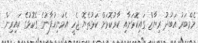
މެމްބަރު އަބުދު ރިޔާޒް ގައިކޮޅަށާއި ކާރުކޮޅަށް ކަޅުތެޔޮ ޖެހީ އެމަނިކުފާނުގެ ގެކޮޅުގެ ކައިރިން